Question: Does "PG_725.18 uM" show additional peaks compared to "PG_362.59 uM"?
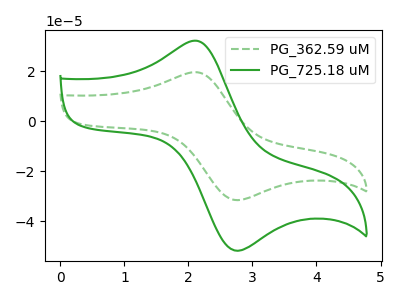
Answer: <think>The green dashed curve "PG_362.59 uM" has an anodic peak at (2.15V, 19.55uA) and a cathodic peak at (2.80V, -31.55uA). The green curve "PG_725.18 uM" has an anodic peak at (2.15V, 32.15uA) and a cathodic peak at (2.80V, -51.80uA).
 All the peaks in "PG_725.18 uM" have a peak in "PG_362.59 uM" at the same potential. Every peak in "PG_725.18 uM" is higher than every peak in "PG_362.59 uM".</think>
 <answer>No, "PG_725.18 uM" and "PG_362.59 uM" don't appear to be significantly different in shape</answer>
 <eval>no_change</eval>